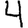
Digit: 4